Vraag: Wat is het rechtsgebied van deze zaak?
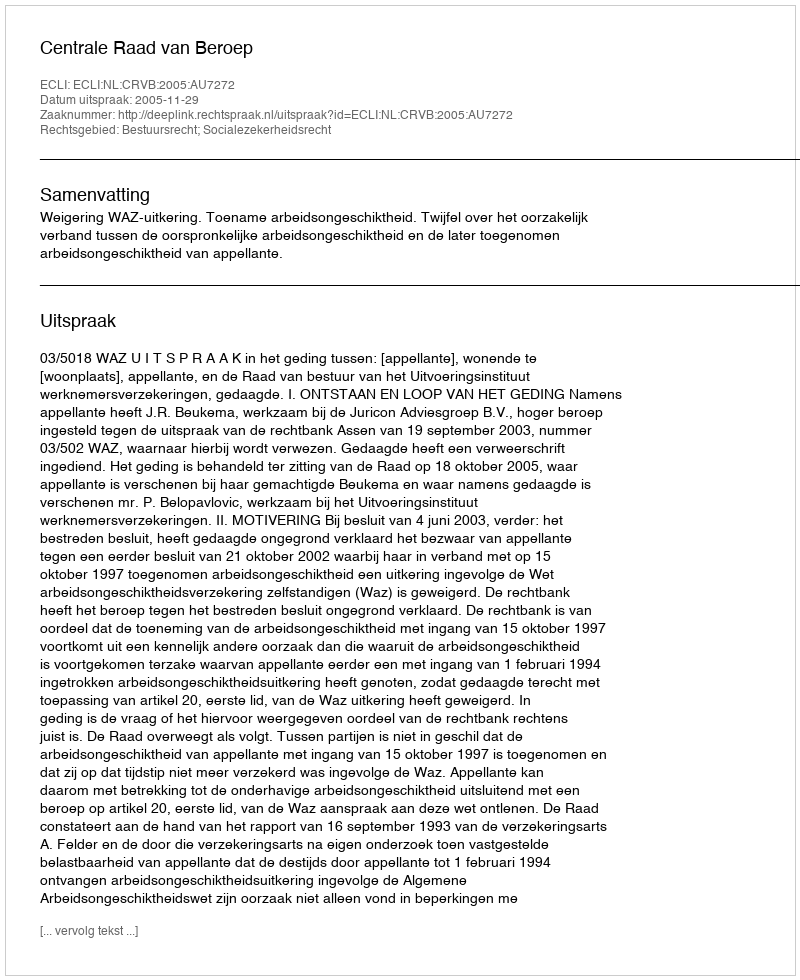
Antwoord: Bestuursrecht; Socialezekerheidsrecht